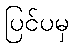
ပြင်ပမှ